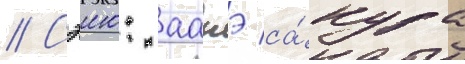
// Сэию: аанэ са́кура